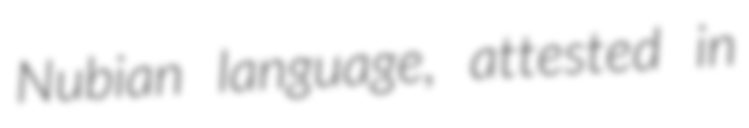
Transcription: Nubian language, attested in